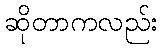
ဆိုတာကလည်း